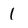
Character: I